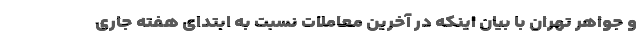
و جواهر تهران با بیان اینکه در آخرین معاملات نسبت به ابتدای هفته جاری